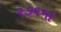
૨૭૧મો